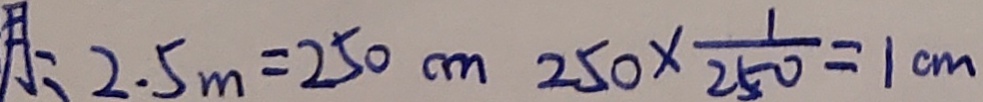
: 2 . 5 m = 2 5 0 c m 2 5 0 \times \frac { 1 } { 2 5 0 } = 1 c m